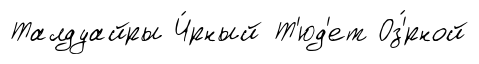
Талдуайры Ч́рный Т'юд'ет Оз'́рной